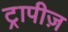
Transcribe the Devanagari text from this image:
ट्रापीज़